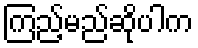
ကြည့်မည်ဆိုပါက